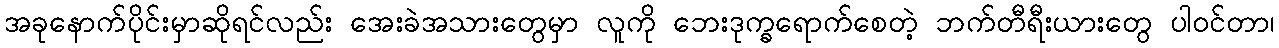
အခုနောက်ပိုင်းမှာဆိုရင်လည်း အေးခဲအသားတွေမှာ လူကို ဘေးဒုက္ခရောက်စေတဲ့ ဘက်တီရီးယားတွေ ပါဝင်တာ၊